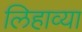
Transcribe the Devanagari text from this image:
लिहाव्या